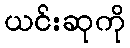
ယင်းဆုကို